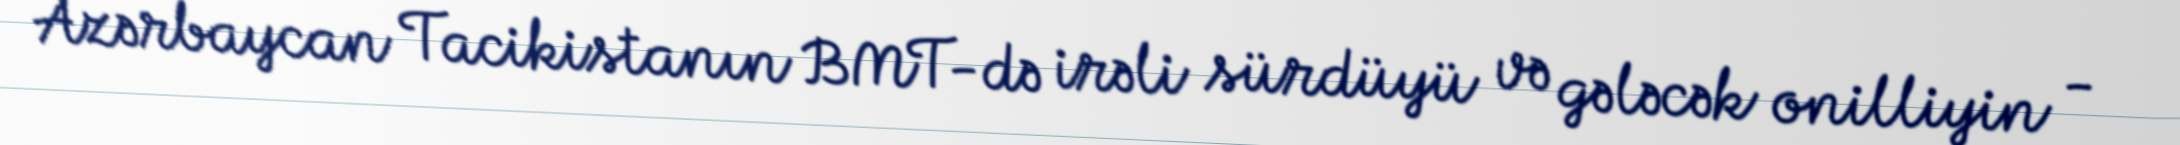
Azərbaycan Tacikistanın BMT-də irəli sürdüyü və gələcək onilliyin -